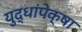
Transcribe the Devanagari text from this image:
युद्धांपेक्षा